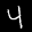
Label: 4